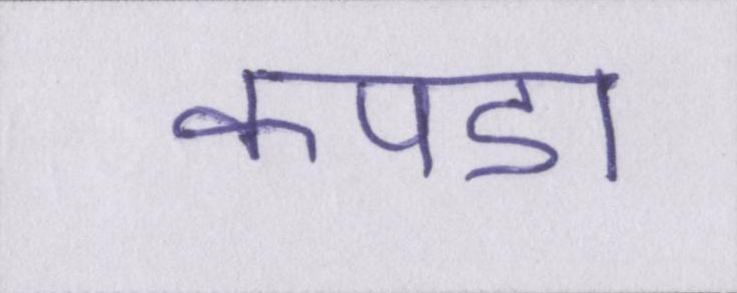
कपडा